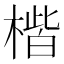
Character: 𪳠